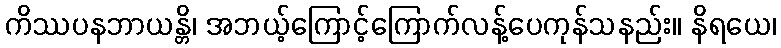
ကိဿပနဘာယန္တိ၊ အဘယ့်ကြောင့်ကြောက်လန့်ပေကုန်သနည်း။ နိရယေ၊